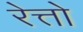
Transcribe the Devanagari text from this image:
रेत्तो